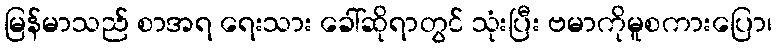
မြန်မာသည် စာအရ ရေးသား ခေါ်ဆိုရာတွင် သုံးပြီး ဗမာကိုမူစကားပြော၊